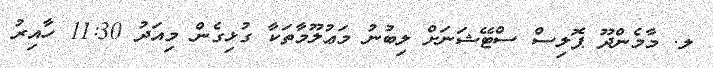
ލ. މާމެންދޫ ޕޮލިސް ސްޓޭޝަނަށް ލިބުނު މަޢުލޫމާތަކާ ގުޅިގެން މިއަދު 11:30 ހާއިރު